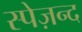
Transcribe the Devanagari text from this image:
स्पेज़न्द